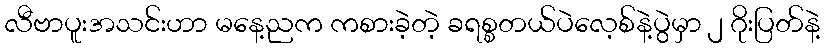
လီဗာပူးအသင်းဟာ မနေ့ညက ကစားခဲ့တဲ့ ခရစ္စတယ်ပဲလေ့စ်နဲ့ပွဲမှာ ၂ ဂိုးပြတ်နဲ့